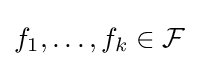
f_{1},\dots ,f_{k}\in {\mathcal {F}}